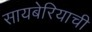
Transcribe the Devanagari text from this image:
सायबेरियाची